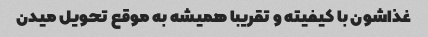
غذاشون با کیفیته و تقریبا همیشه به موقع تحویل میدن